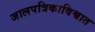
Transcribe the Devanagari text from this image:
जालपत्रिकाविश्वात